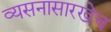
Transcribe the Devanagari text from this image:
व्यसनासारखेच